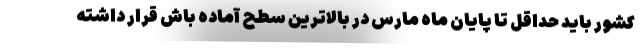
کشور باید حداقل تا پایان ماه مارس در بالاترین سطح آماده باش قرار داشته